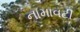
નામાવટી